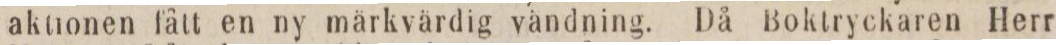
aktionen fått en ny märkvärdig vändning. Då Boktryckaren Herr